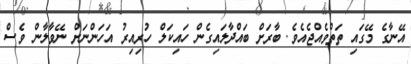
އޭނާގެ މޭގައި ތަތްވެއްޖެއެވެ. ބާރަށް ބައްދާލައިގެން ހައިކަލް ހުރިއިރު އަހަންނަށް ނޭވާލާން ވެސް